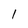
Character: 1